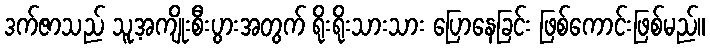
ဒက်ဇာသည် သူ့အကျိုးစီးပွားအတွက် ရိုးရိုးသားသား ပြောနေခြင်း ဖြစ်ကောင်းဖြစ်မည်။